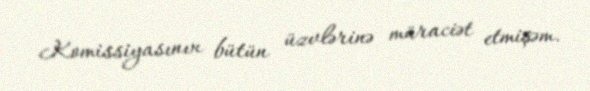
Komissiyasının bütün üzvlərinə müraciət etmişəm.